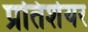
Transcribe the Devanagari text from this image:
प्रतिशेयर